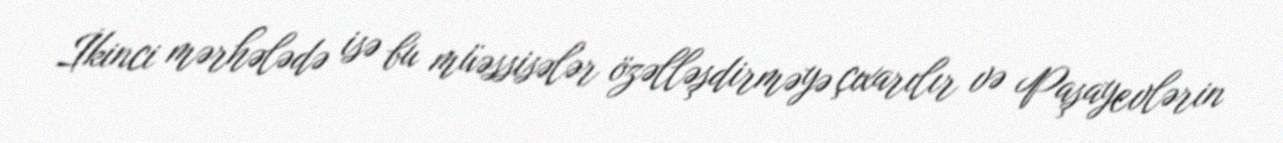
İkinci mərhələdə isə bu müəssisələr özəlləşdirməyə çıxarılır və Paşayevlərin